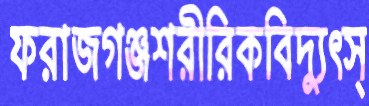
ফরাজগঞ্জশরীরিকবিদ্যুত্স্